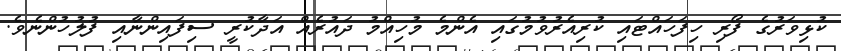
ކުޅިވަރުގެ ފޯރި ހިފަހައްޓައި ކުރިއެރުވުމުގައި އެންމެ މުހިއްމު ދައުރެއް އަދާކުރީ ސިފައިންނާއި ފުލުހުންނެވެ.